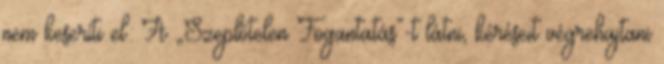
nem keseríti el: A „Szeplőtelen Fogantatás”-t látni, kéréseit végrehajtani